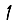
Digit: 1